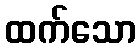
ထက်သော